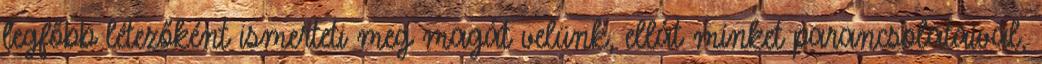
legfőbb létezőként ismerteti meg magát velünk, ellát minket parancsolataival,